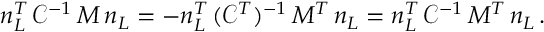
n _ { L } ^ { T } \, \mathcal { C } ^ { - 1 } \, M \, n _ { L } = - n _ { L } ^ { T } \, ( \mathcal { C } ^ { T } ) ^ { - 1 } \, M ^ { T } \, n _ { L } = n _ { L } ^ { T } \, \mathcal { C } ^ { - 1 } \, M ^ { T } \, n _ { L } \, .